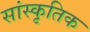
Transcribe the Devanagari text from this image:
सांस्कृ़तिक